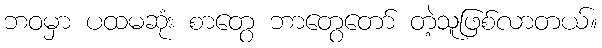
ဘဝမှာ ပထမဆုံး စာတွေ ဘာတွေတော် တဲ့သူဖြစ်လာတယ်။